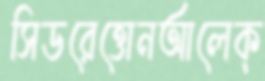
সিডরেত্তোনআলেক্